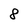
Character: 8